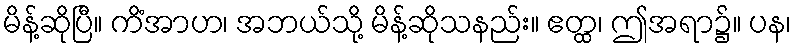
မိန့်ဆိုပြီ။ ကိံအာဟ၊ အဘယ်သို့ မိန့်ဆိုသနည်း။ ဧတ္ထ၊ ဤအရာ၌။ ပန၊